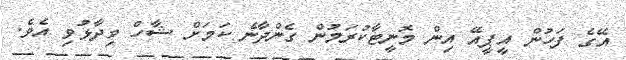
އޭގެ ފަހުން އީޕީއޭ އިން މޮނީޓާކުރަމުން ގެންދާނެ ކަމަށް ޝާހް ވިދާޅުވި އެވެ.